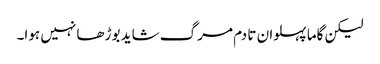
لیکن گاما پہلوان تا دم مرگ شاید بوڑھا نہیں ہوا۔